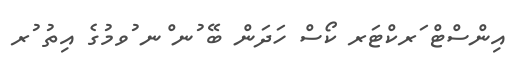
އިންސްޓް ަރކްޓަރ ކޯސް ހަދަން ބޭ ުނ ްނ ުވމުގެ އިތު ުރ